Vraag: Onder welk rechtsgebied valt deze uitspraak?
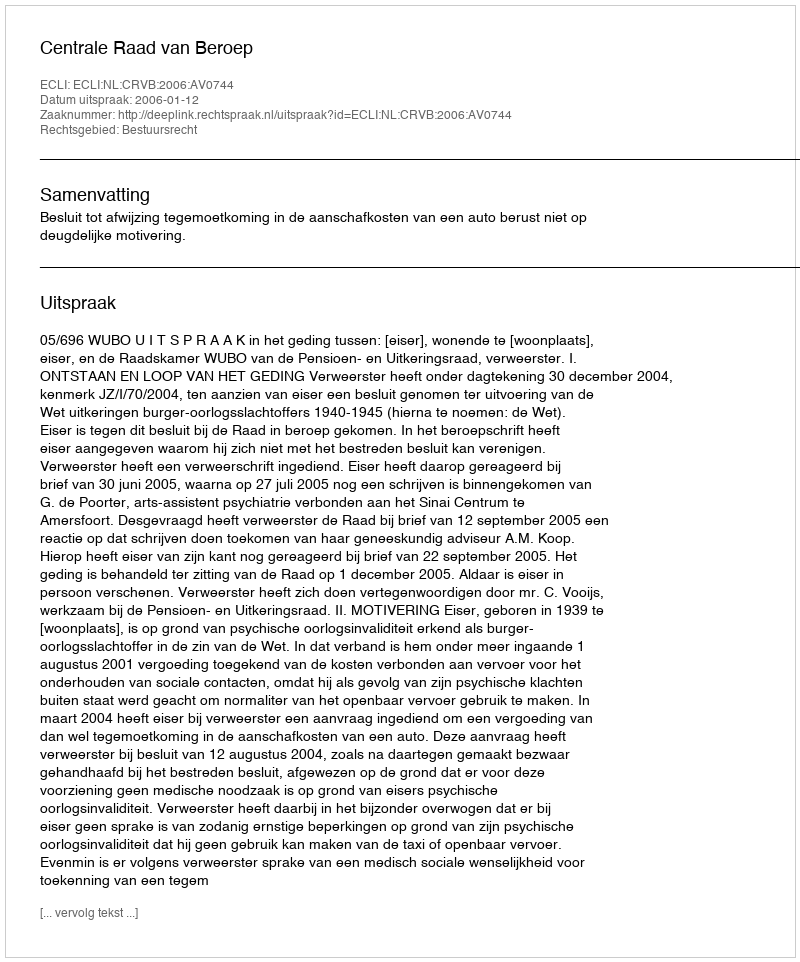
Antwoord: Bestuursrecht